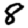
Digit: 8